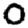
Digit: 0